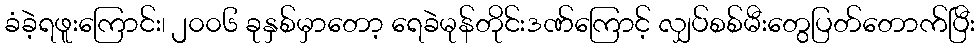
ခံခဲ့ရဖူးကြောင်း၊ ၂၀၀၆ ခုနှစ်မှာတော့ ရေခဲမုန်တိုင်းဒဏ်ကြောင့် လျှပ်စစ်မီးတွေပြတ်တောက်ပြီး